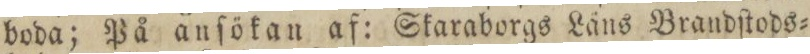
boda; På anſökan af: Skaraborgs Läns Brandſtods=